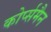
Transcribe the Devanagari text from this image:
कोर्प्समैन